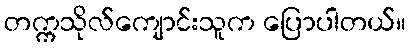
တက္ကသိုလ်ကျောင်းသူက ပြောပါတယ်။